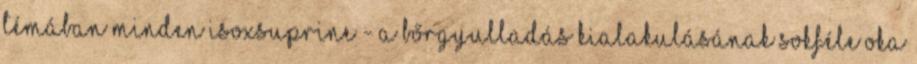
témában minden Isoxsuprine - A bőrgyulladás kialakulásának sokféle oka